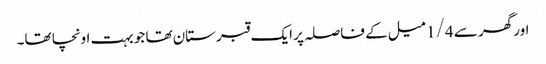
اور گھر سے 1/4 میل کے فاصلہ پر ایک قبرستان تھا جو بہت اونچا تھا۔